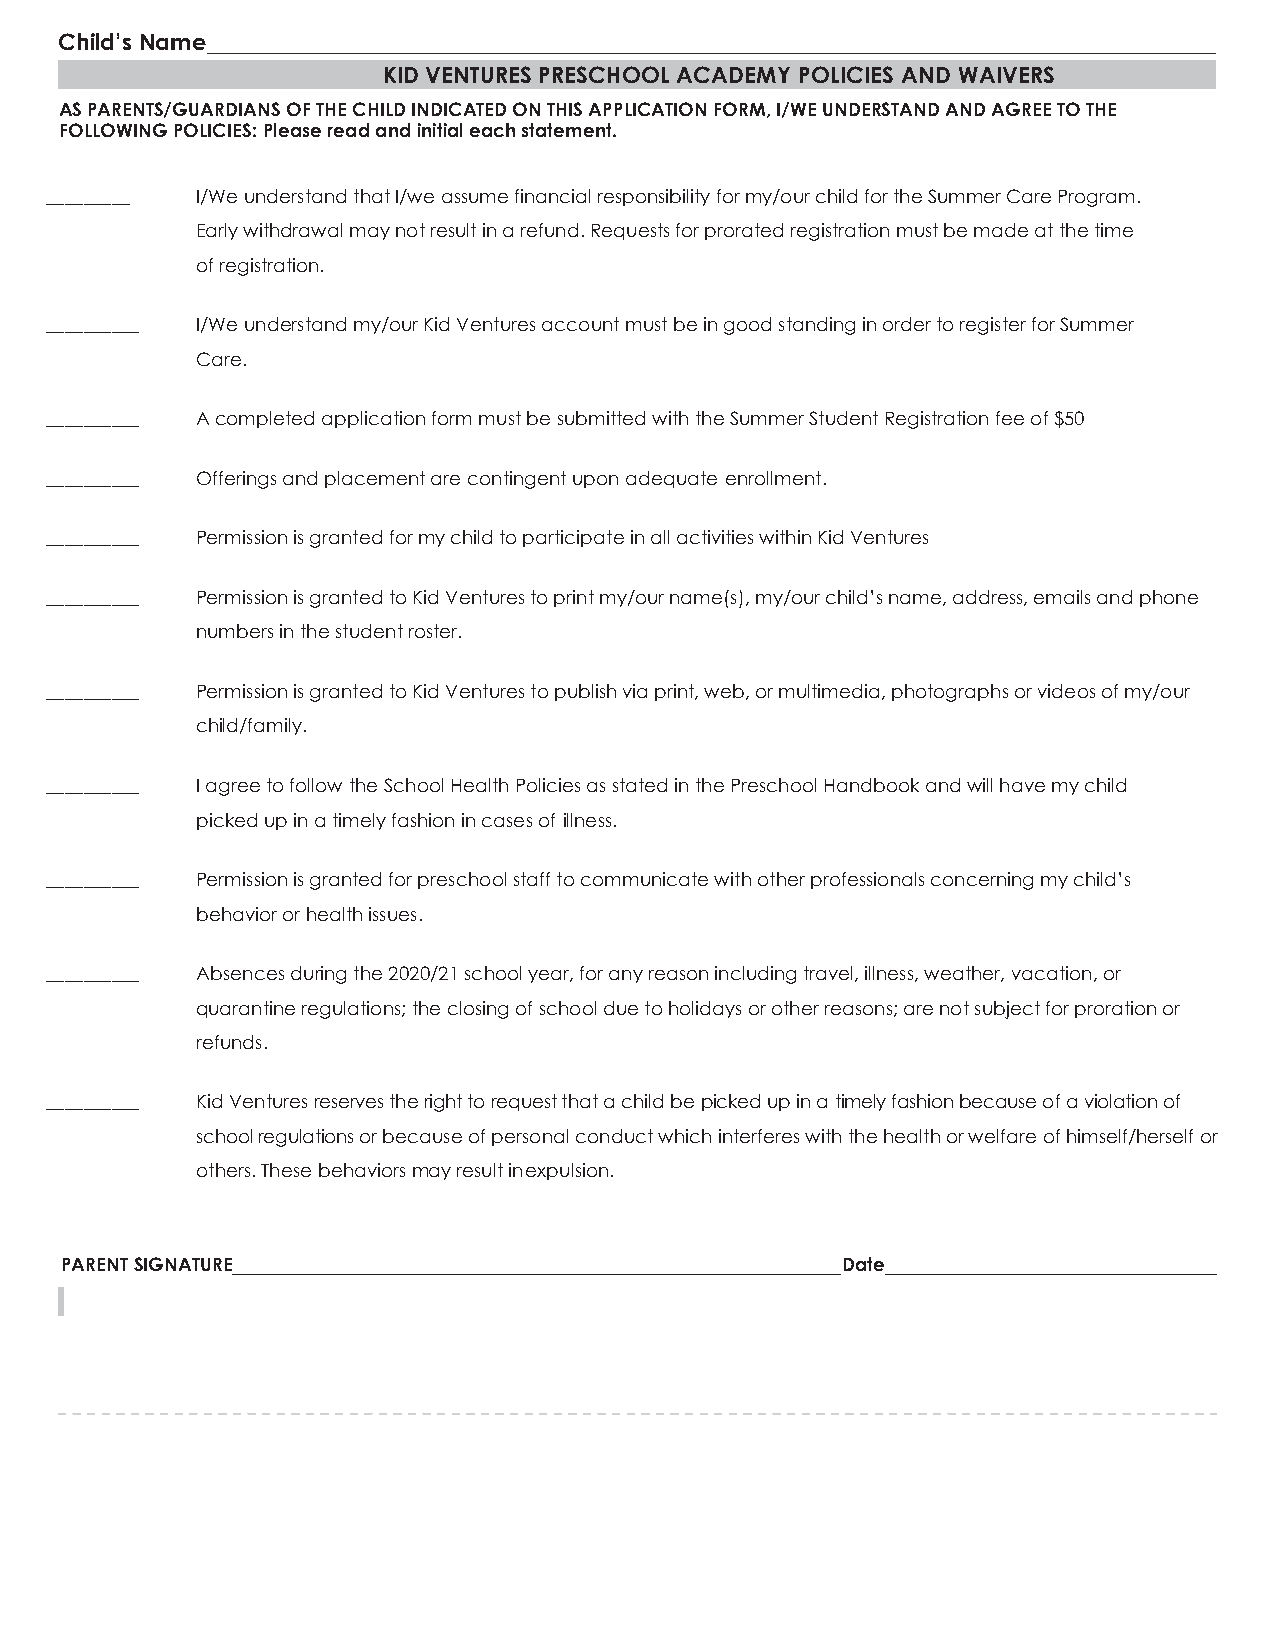
Child’s Name
 KID VENTURES PRESCHOOL ACADEMY POLICIES AND WAIVERS
 AS PARENTS/GUARDIANS OF THE CHILD INDICATED ON THIS APPLICATION FORM, I/WE UNDERSTAND AND AGREE TO THE
 FOLLOWING POLICIES: Please read and initial each statement.
 _________ I/We understand that I/we assume financial responsibility for my/our child for the Summer Care Program.
 Early withdrawal may not result in a refund. Requests for prorated registration must be made at the time
 of registration.
 __________ I/We understand my/our Kid Ventures account must be in good standing in order to register for Summer
 Care.
 __________ A completed application form must be submitted with the Summer Student Registration fee of $50
 __________ Offerings and placement are contingent upon adequate enrollment.
 __________ Permission is granted for my child to participate in all activities within Kid Ventures
 __________ Permission is granted to Kid Ventures to print my/our name(s), my/our child’s name, address, emails and phone
 numbers in the student roster.
 __________ Permission is granted to Kid Ventures to publish via print, web, or multimedia, photographs or videos of my/our
 child/family.
 __________ I agree to follow the School Health Policies as stated in the Preschool Handbook and will have my child
 picked up in a timely fashion in cases of illness.
 __________ Permission is granted for preschool staff to communicate with other professionals concerning my child’s
 behavior or health issues.
 __________ Absences during the 2020/21 school year, for any reason including travel, illness, weather, vacation, or
 quarantine regulations; the closing of school due to holidays or other reasons; are not subject for proration or
 refunds.
 __________ Kid Ventures reserves the right to request that a child be picked up in a timely fashion because of a violation of
 school regulations or because of personal conduct which interferes with the health or welfare of himself/herself or
 others. These behaviors may result in expulsion.
 PARENT SIGNATURE                                    Date